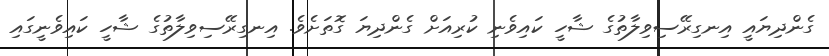
ގެންދިޔައީ އިނގިރޭސިވިލާތުގެ ޝާހީ ކައިވެނި ކުރިއަށް ގެންދިޔަ ގޮތަށެވެ. އިނގިރޭސިވިލާތުގެ ޝާހީ ކައިވެނީގައި